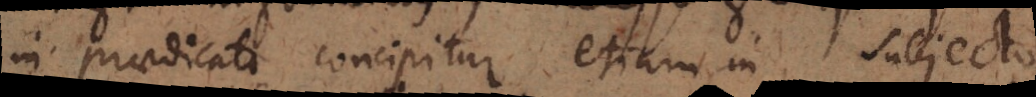
in praedicato concipitur etiam in subjecto